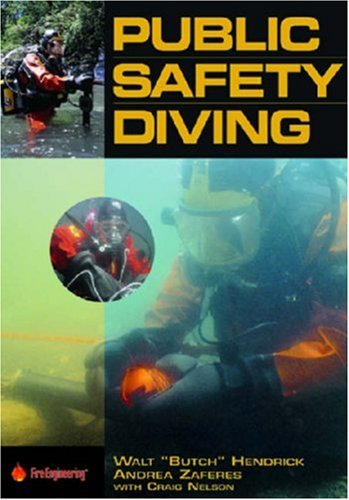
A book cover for Public Safety Diving; Walt Hendrick; Sports & Outdoors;